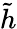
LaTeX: \tilde{h}